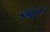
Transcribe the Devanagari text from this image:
डाबर्स